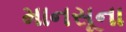
માનસૂના